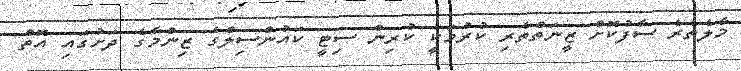
މާލެތެރެ ސާފުކޮށް ޒީނަތްތެރި ކުރުމަކީ ކުރިން ސިޓީ ކައުންސިލްގެ ޒިންމާގެ ދަށުގައި އޮތް